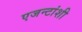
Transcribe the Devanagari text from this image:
एजन्टांशी